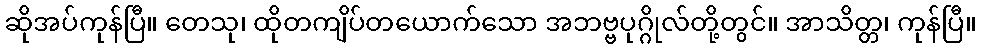
ဆိုအပ်ကုန်ပြီ။ တေသု၊ ထိုတကျိပ်တယောက်သော အဘဗ္ဗပုဂ္ဂိုလ်တို့တွင်။ အာသိတ္တ၊ ကုန်ပြီ။